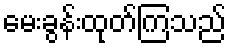
မေးခွန်းထုတ်ကြသည်